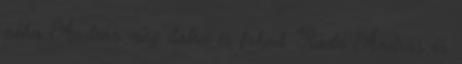
néha András még dalra is fakad. Radó András és